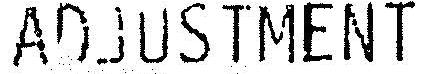
ADJUSTMENT